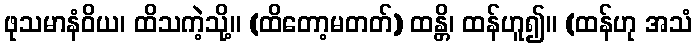
ဖုသမာနံဝိယ၊ ထိသကဲ့သို့။ (ထိတော့မတတ်) ထန္တိ၊ ထန်ဟူ၍။ (ထန်ဟု အသံ